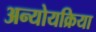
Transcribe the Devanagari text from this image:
अन्योयक्रिया